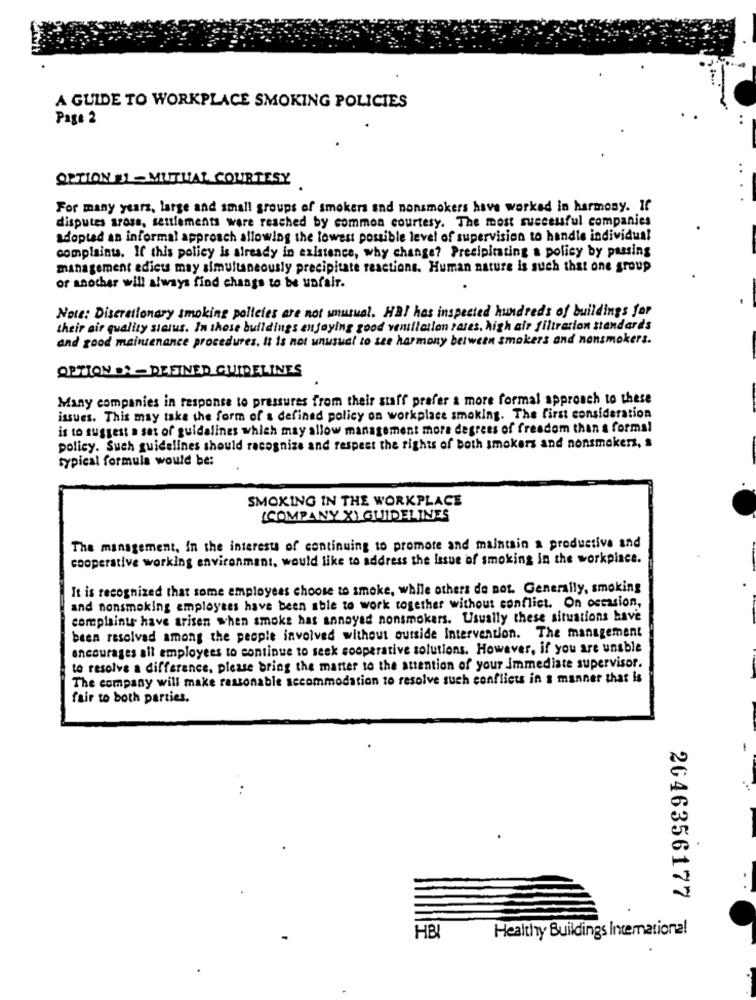
A GUIDE TO WORKPLACE SMOKING POLICIES
Page 2
OPTION SI-MUTUAL COURTESY
For many years, large and small groups of smokers and nonsmokers have worked in harmony. If
disputes srose, settlements were reached by common courtesy. The most successful companies
adopted an informal approach allowing the lowest possible level of supervision to handle individual
complaints. If this policy is already in existence, why change? Precipitating a policy by passing
management ediets may simultaneously precipitate reactions. Human nature is such that one group
or another will always find changs to be unfair.
Note: Discretionary smoking policies are not unusual. HAI has inspected hundreds of buildings for
their air quality sierus. In those buildings enjoying good ventilation rates, high air filtration standards
and good maintenance procedures. It is not unusual to see harmony between smokers and nonsmokers.
OPTION . - DEFINED GUIDELINES
Many companies in response to pressures from their staff prefer & more formal approach to these
issues. This may take the form of a defined policy on workplace smoking. The first consideration
is to suggest a set of guidalines which may allow management more degrees of freedom than a formal
policy. Such guidelines should recognize and respect the rights of both smokers and nonsmokers, s
typical formula would be:
SMOKING IN THE WORKPLACE
{COMPANY X) GUIDELINES
The management, In the interests of continuing to promote and maintain a productive and
cooperative working environment, would like to address the Issue of smoking in the workplace.
It is recognized that some employees choose to smoke, while others do not. Generally, smoking
and nonsmoking employees have been able to work together without conflict. On occasion,
complaints have arisen when smoke has annoyed nonsmokers. Usually these situations have
been resolved among the people involved without ourside intervention. The management
encourages all employees to continue to seek cooperative solutions. However, if you are unable
to resolve a difference, please bring the matter to the attention of your Immediate supervisor.
The company will make reasonable accommodation to resolve such conflicts in s manner that is
fair to both parties.
-
.**
2646356177
Healthy Buildings International
HB